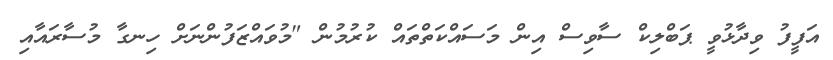
އަފީފު ވިދާޅުވީ ޕަބްލިކް ސާވިސް އިން މަސައްކަތްތައް ކުރުމުން "މުވައްޒަފުންނަށް ހިނގާ މުސާރައާއި